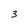
Character: 3